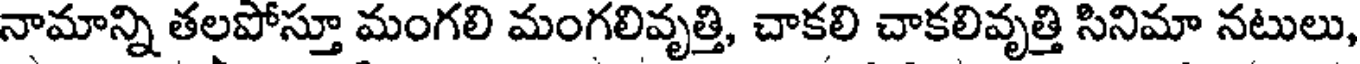
నామాన్ని తలపోస్తూ మంగలి మంగలివృత్తి, చాకలి చాకలివృత్తి సినిమా నటులు,